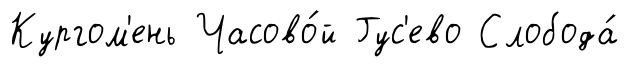
Кургом'ень Часово́й Гус'ево Слобода́